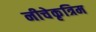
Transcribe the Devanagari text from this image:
नीचेकृत्रिम